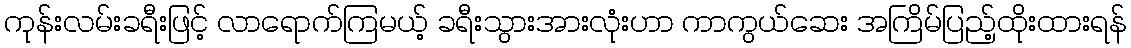
ကုန်းလမ်းခရီးဖြင့် လာရောက်ကြမယ့် ခရီးသွားအားလုံးဟာ ကာကွယ်ဆေး အကြိမ်ပြည့်ထိုးထားရန်